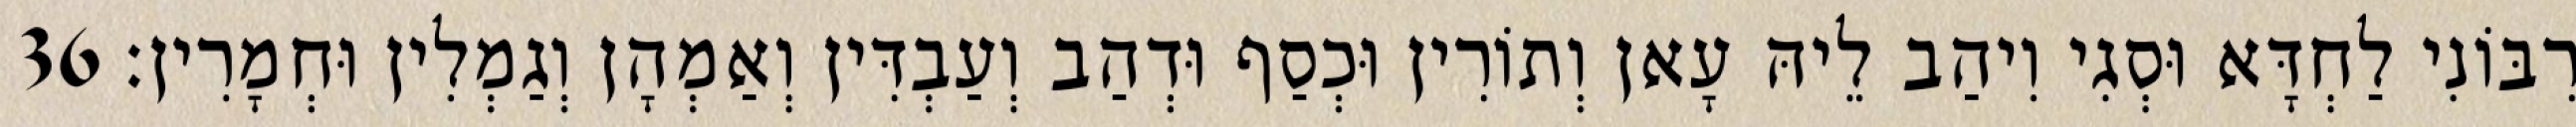
רִבּוֹנִי לַחְדָּא וּסְגִי וִיהַב לֵיהּ עָאן וְתוֹרִין וּכְסַף וּדְהַב וְעַבְדִּין וְאַמְהָן וְגַמְלִין וּחְמָרִין׃ 36